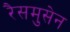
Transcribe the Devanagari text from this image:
रैसमुसेन